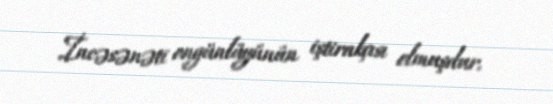
İncəsənəti ongünlüyünün iştirakçısı olmuşdur.